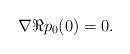
LaTeX: \begin{align*}\nabla \Re p_0(0)=0.\end{align*}